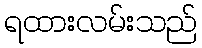
ရထားလမ်းသည်